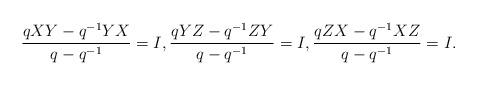
LaTeX: \begin{align*}\frac{qXY-q^{-1} YX}{q-q^{-1} } = I,\frac{qYZ-q^{-1} ZY}{q-q^{-1} } = I,\frac{qZX-q^{-1} XZ}{q-q^{-1} } = I.\end{align*}